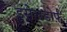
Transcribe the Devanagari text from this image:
डुसेलडोर्फ़